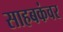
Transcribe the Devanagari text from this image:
साहबकंवर